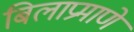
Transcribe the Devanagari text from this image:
बिलाप्रमाणे